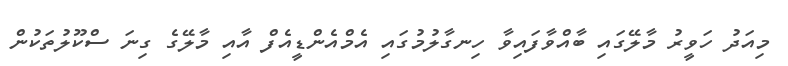
މިއަދު ހަވީރު މާލޭގައި ބާއްވާފައިވާ ހިނގާލުމުގައި އެމްއެންޑީއެފް އާއި މާލޭގެ ގިނަ ސްކޫލުތަކުން